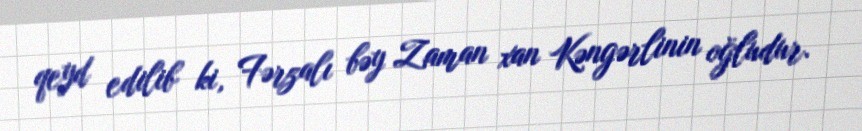
qeyd edilib ki, Fərzalı bəy Zaman xan Kəngərlinin oğludur.